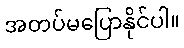
အတပ်မပြောနိုင်ပါ။